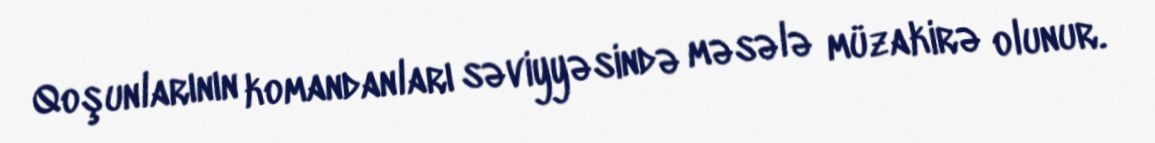
Qoşunlarının komandanları səviyyəsində məsələ müzakirə olunur.